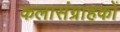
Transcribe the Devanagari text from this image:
कलासंग्राहकों